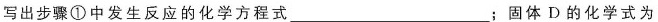
写出步骤①中发生反应的化学方程式___；固体D的化学式为